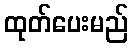
ထုတ်ပေးမည်